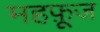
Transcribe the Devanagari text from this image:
महफ़ूज